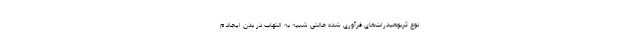
نوع کربوهیدرات‌های فرآوری شده حالتی شبیه به التهاب در بدن ایجاد م